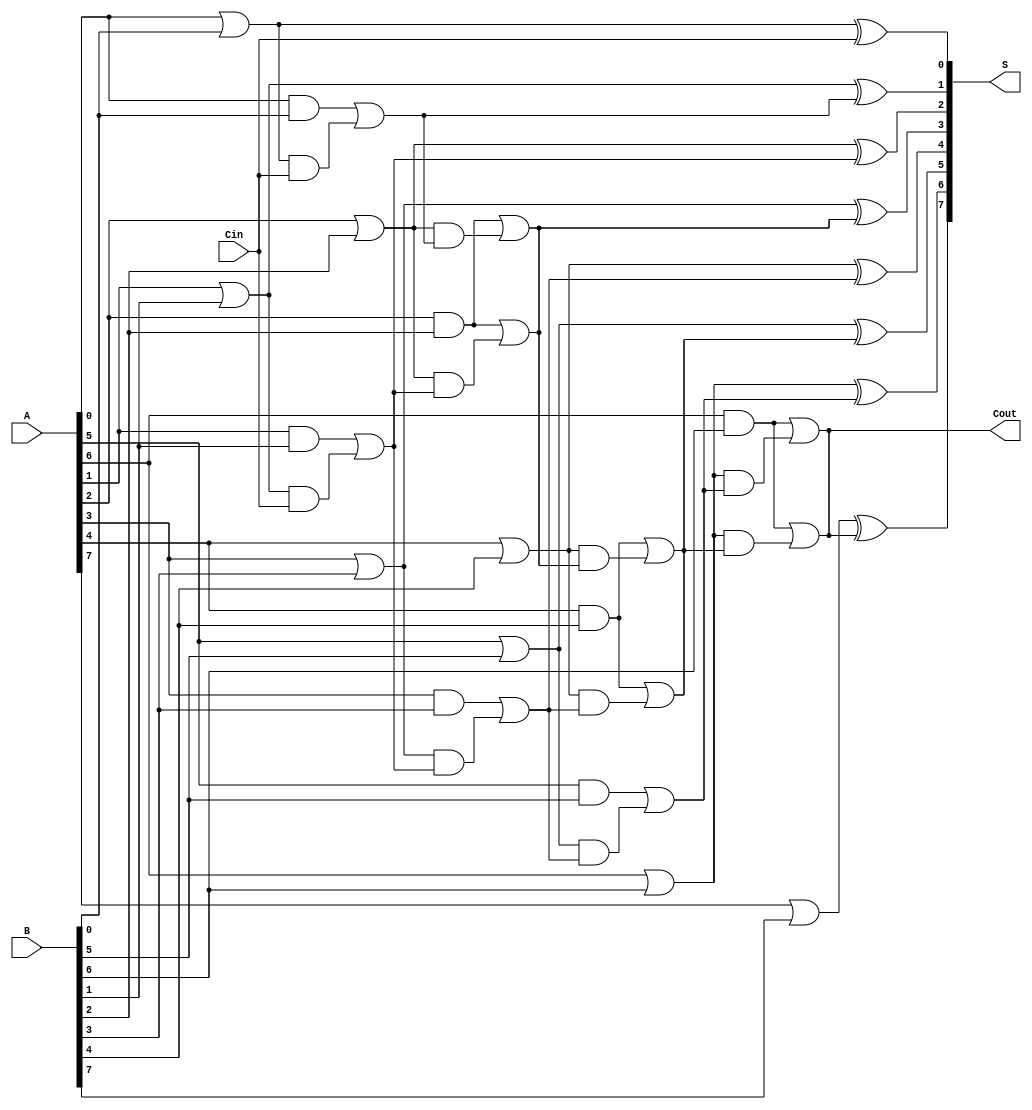
module BrentKungAdder #(parameter n = 8) (
    input [n-1:0] A,       // First n-bit input
    input [n-1:0] B,       // Second n-bit input
    input Cin,             // Carry-in
    output [n-1:0] S,      // n-bit sum output
    output Cout            // Carry-out
);

    wire [n-1:0] P;        // Propagate signals
    wire [n-1:0] G;        // Generate signals
    wire [n:0] C;          // Carry signals, C[0] = Cin
    
    // Generate and Propagate signals
    genvar i;
    generate
        for (i = 0; i < n; i = i + 1) begin : gen_prop
            assign G[i] = A[i] & B[i];  // Generate
            assign P[i] = A[i] | B[i];  // Propagate
        end
    endgenerate

    // Initialize carry signals
    assign C[0] = Cin;

    // Compute carry signals using the Brent-Kung structure
    generate
        for (i = 0; i < n; i = i + 1) begin : carry_gen
            // Level 1
            if (i % 2 == 1) begin
                assign C[i] = G[i-1] | (P[i-1] & C[i-1]);
            end

            // Level 2 and beyond
            if (i >= 2) begin
                assign C[i] = G[i-1] | (P[i-1] & C[i-2]);
            end
        end
    endgenerate

    // Calculate the sum bits
    generate
        for (i = 0; i < n; i = i + 1) begin : sum_calc
            assign S[i] = P[i] ^ C[i];  // Sum
        end
    endgenerate

    // Final carry-out
    assign Cout = C[n-1];

endmodule